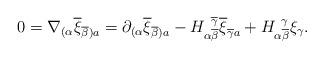
LaTeX: \begin{align*}0 = \nabla_{(\alpha}\overline{\xi}_{\overline{\beta} )a}=\partial_{(\alpha}\overline{\xi}_{\overline{\beta} )a}-H_{\alpha \overline{\beta}}^{\, \, \,\overline{\gamma}}\overline{\xi}_{\overline{\gamma}a} +H_{\alpha \overline{\beta}}^{\, \, \, \gamma}\xi_\gamma .\end{align*}